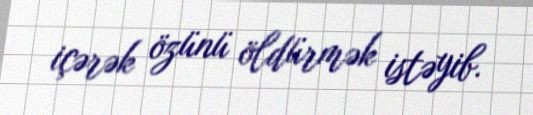
içərək özünü öldürmək istəyib.